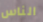
الناس